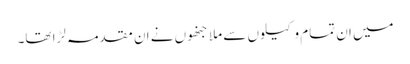
میں ان تمام وکیلوں سے ملا جنھوں نے ان مقدمہ لڑا تھا۔